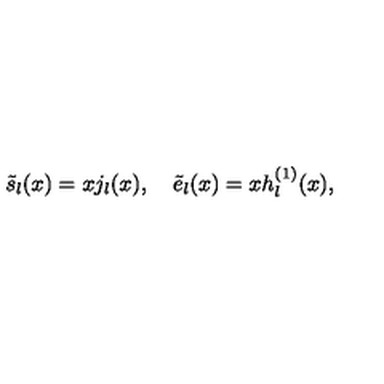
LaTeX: \tilde { s } _ { l } ( x ) = x j _ { l } ( x ) , \quad \tilde { e } _ { l } ( x ) = x h _ { l } ^ { ( 1 ) } ( x ) ,